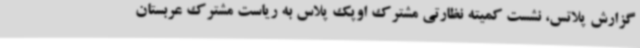
گزارش پلاتس، نشست کمیته نظارتی مشترک اوپک پلاس به ریاست مشترک عربستان